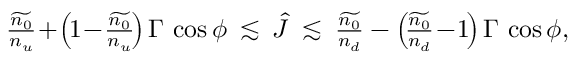
\begin{array} { r } { \frac { \widetilde { n _ { 0 } } } { n _ { u } } \! + \! \left( \! 1 \! - \! \frac { \widetilde { n _ { 0 } } } { n _ { u } } \! \right) \Gamma \, \cos \phi \: \lesssim \: \hat { J } \: \lesssim \: \frac { \widetilde { n _ { 0 } } } { n _ { d } } - \left( \! \frac { \widetilde { n _ { 0 } } } { n _ { d } } \! - \! 1 \! \right) \Gamma \, \cos \phi , } \end{array}